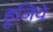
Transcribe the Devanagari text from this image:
हूजिये